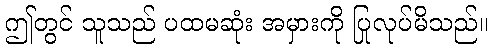
ဤတွင် သူသည် ပထမဆုံး အမှားကို ပြုလုပ်မိသည်။